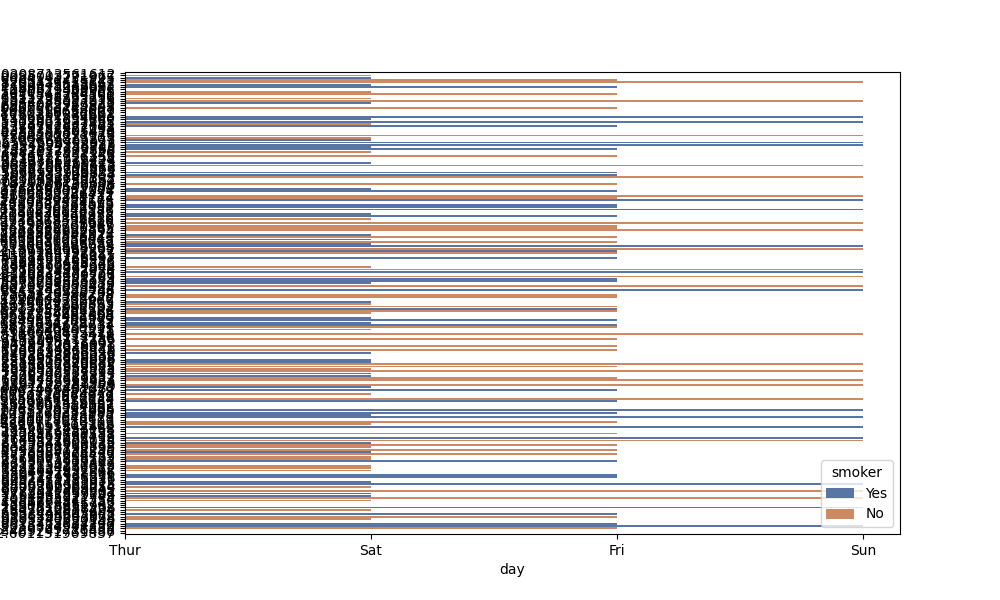
python, seaborn, barplot, hue='smoker', palette='deep', ci=95, orient='h'